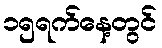
၁၅ရက်နေ့တွင်